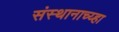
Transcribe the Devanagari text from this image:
संस्थानाच्य्हा